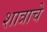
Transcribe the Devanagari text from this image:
शात्राचे